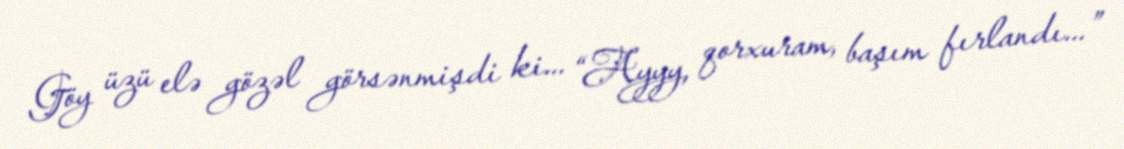
Göy üzü elə gözəl görsənmişdi ki... “Ayyy, qorxuram, başım fırlandı...”